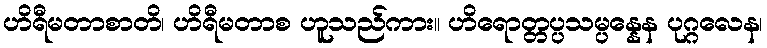
ဟိရီမတာစာတိ၊ ဟိရီမတာစ ဟူသည်ကား။ ဟိရောတ္တပ္ပသမ္ပန္နေန ပုဂ္ဂလေန၊